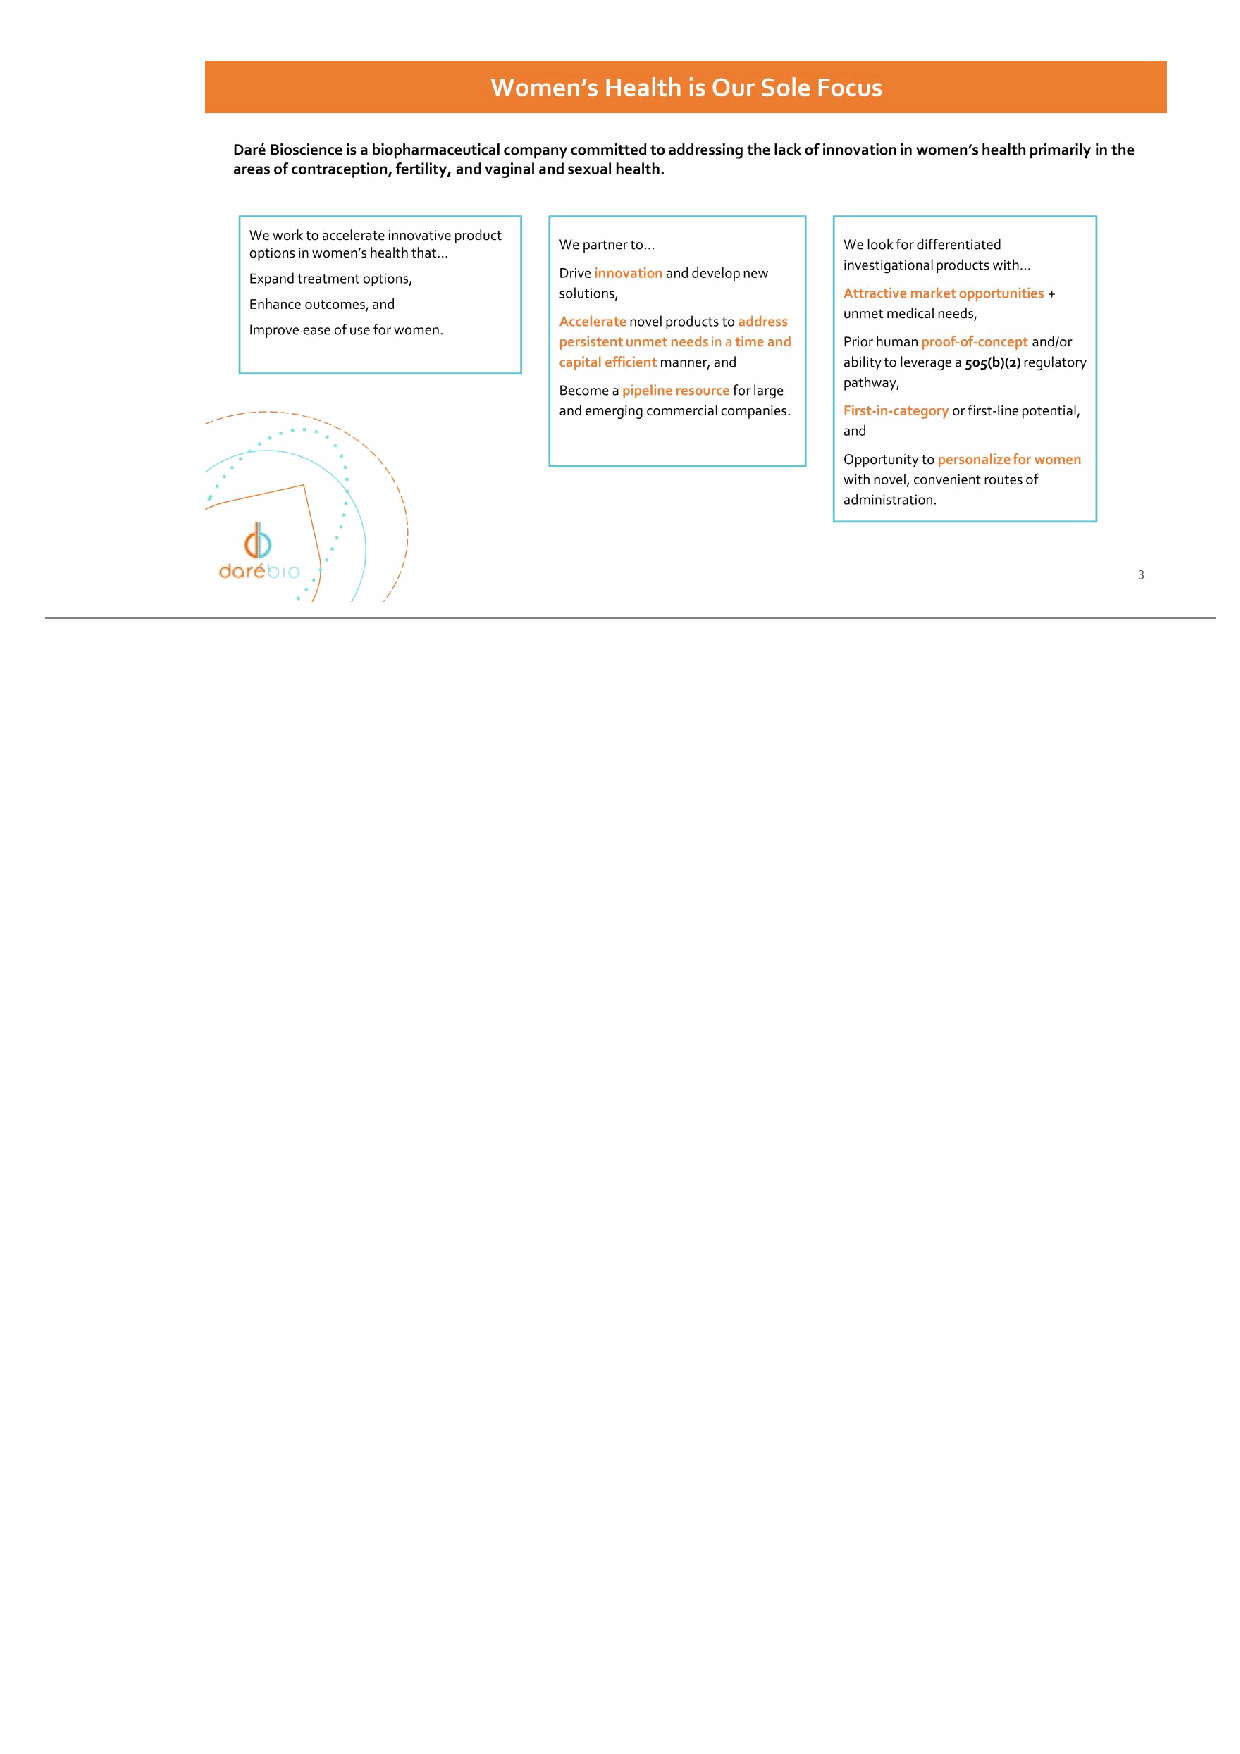
3 Women’s Health is Our Sole Focus Daré Bioscience is a biopharmaceutical company committed to addressing the lack of innovation in women’s health primarily in the areas of contraception, fertility, and vaginal and sexual health. We work to accelerate innovative product options in women’s health that… Expand treatment options, Enhance outcomes, and Improve ease of use for women. We look for differentiated investigational products with… Attractive market opportunities + unmet medical needs, Prior human proof-of-concept and/or ability to leverage a 505(b)(2) regulatory pathway, First-in-category or first-line potential, and Opportunity to personalize for women with novel, convenient routes of administration. We partner to… Drive innovation and develop new solutions, Accelerate novel products to address persistent unmet needs in a time and capital efficient manner, and Become a pipeline resource for large and emerging commercial companies. Women’s Health is Our Sole Focus